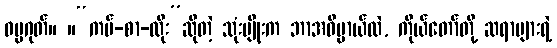
ဓမ္မဂုတ်။ ။“ကပ်-စာ-ထိုး”ဆိုတဲ့ သုံးမျိုးက ဘာအဓိပ္ပာယ်လဲ, ကိုယ်တော်တို့ ဆရာများရဲ့